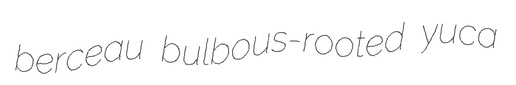
berceau bulbous-rooted yuca